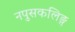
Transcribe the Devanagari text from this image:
नपुसकलिङ्ग